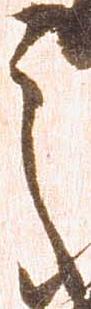
之